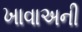
ખાવાઅની